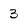
Character: 3